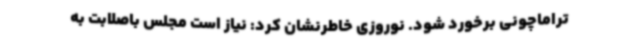
تراماچونی برخورد شود. نوروزی خاطرنشان کرد: نیاز است مجلس باصلابت به